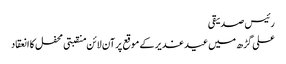
رئیس صدیقی
علی گڑھ میں عید غدیر کے موقع پرآن لائن منقبتی محفل کا انعقاد